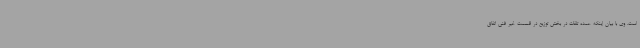
است. وی با بیان اینکه عمده تلفات در بخش توزیع در قسمت غیر فنی اتفاق